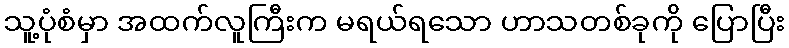
သူ့ပုံစံမှာ အထက်လူကြီးက မရယ်ရသော ဟာသတစ်ခုကို ပြောပြီး